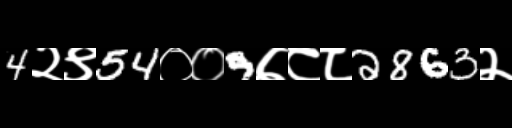
Text: 4२९54००9७८८2863२